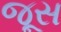
જૂસ